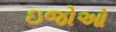
ઇજોઓ